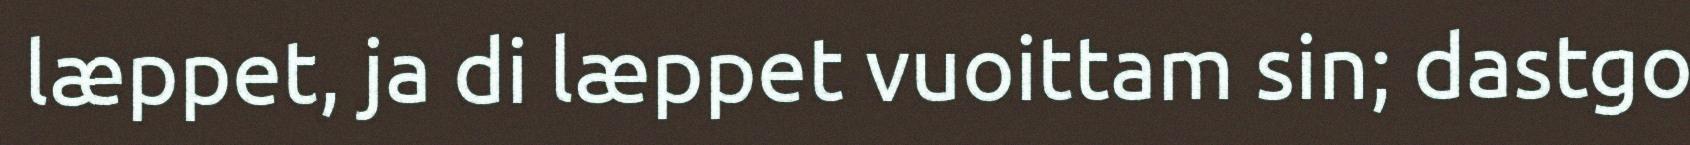
læppet, ja di læppet vuoittam sin; dastgo